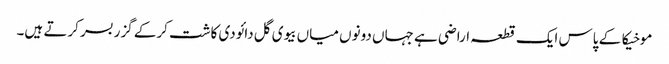
موخیکا کے پاس ایک قطعہ اراضی ہے جہاں دونوں میاں بیوی گل دائودی کاشت کرکے گزر بسر کرتے ہیں۔